Vaccine operations Central Provinces 1886-1899 - 1886-1899
Year: 1886
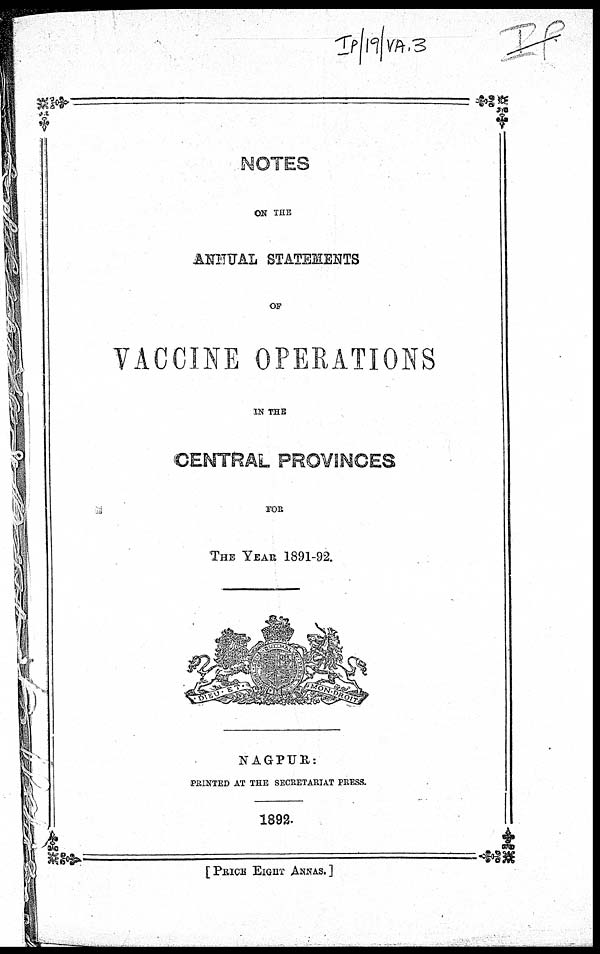
NOTES
ON THE
ANNUAL STATEMENTS
OF
VACCINE OPERATIONS
IN THE
CENTRAL PROVINCES
FOR
THE YEAR 1891-92.
NAGPUR:
PRINTED AT THE SECRETARIAT PRESS.
1892.
[PRICE EIGHT ANNAS.]